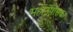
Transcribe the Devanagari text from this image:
महाउपासक